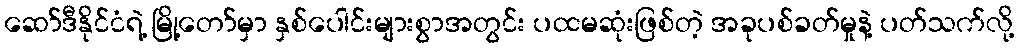
ဆော်ဒီနိုင်ငံရဲ့ မြို့တော်မှာ နှစ်ပေါင်းများစွာအတွင်း ပထမဆုံးဖြစ်တဲ့ အခုပစ်ခတ်မှုနဲ့ ပတ်သက်လို့